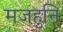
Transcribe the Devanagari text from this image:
मजहुनि